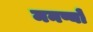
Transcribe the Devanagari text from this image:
मनष्यों